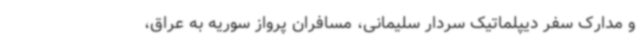
و مدارک سفر دیپلماتیک سردار سلیمانی، مسافران پرواز سوریه به عراق،